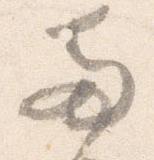
両